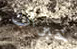
خبرات